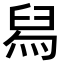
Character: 舄